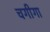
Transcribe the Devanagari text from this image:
चगीगा